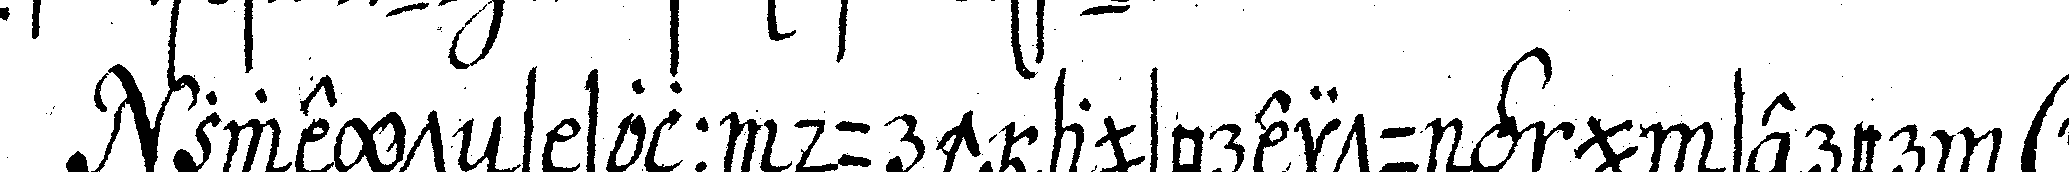
zweyteNs soll durch ausbreitung unserer *o*